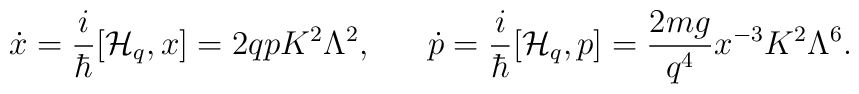
\dot{x}={i\over\hbar}[{\cal H}_q,x]=2qpK^2\Lambda^2,\ \ \ \ \ \dot{p}={i\over\hbar}[{\cal H}_q,p]={{2mg}\over{q^4}}x^{-3}K^2\Lambda^6.